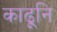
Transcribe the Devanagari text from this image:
काढूनि